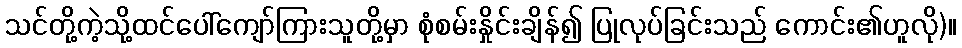
သင်တို့ကဲ့သို့ထင်ပေါ်ကျော်ကြားသူတို့မှာ စုံစမ်းနှိုင်းချိန်၍ ပြုလုပ်ခြင်းသည် ကောင်း၏ဟူလို)။